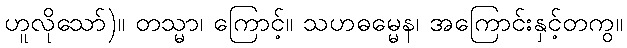
ဟူလိုသော်)။ တသ္မာ၊ ကြောင့်။ သဟဓမ္မေန၊ အကြောင်းနှင့်တကွ။